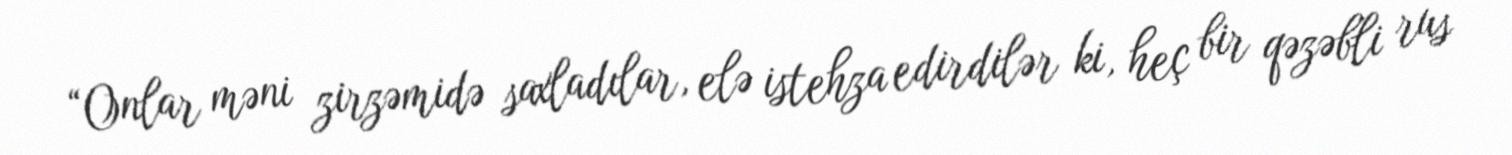
“Onlar məni zirzəmidə saxladılar, elə istehza edirdilər ki, heç bir qəzəbli rus